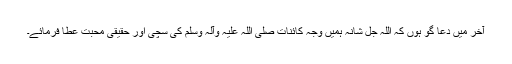
آخر میں دعا گو ہوں کہ اللہ جل شانہ ہمیں وجہ کائنات صلی اللہ علیہ وآلہ وسلم کی سچی اور حقیقی محبت عطا فرمائے۔